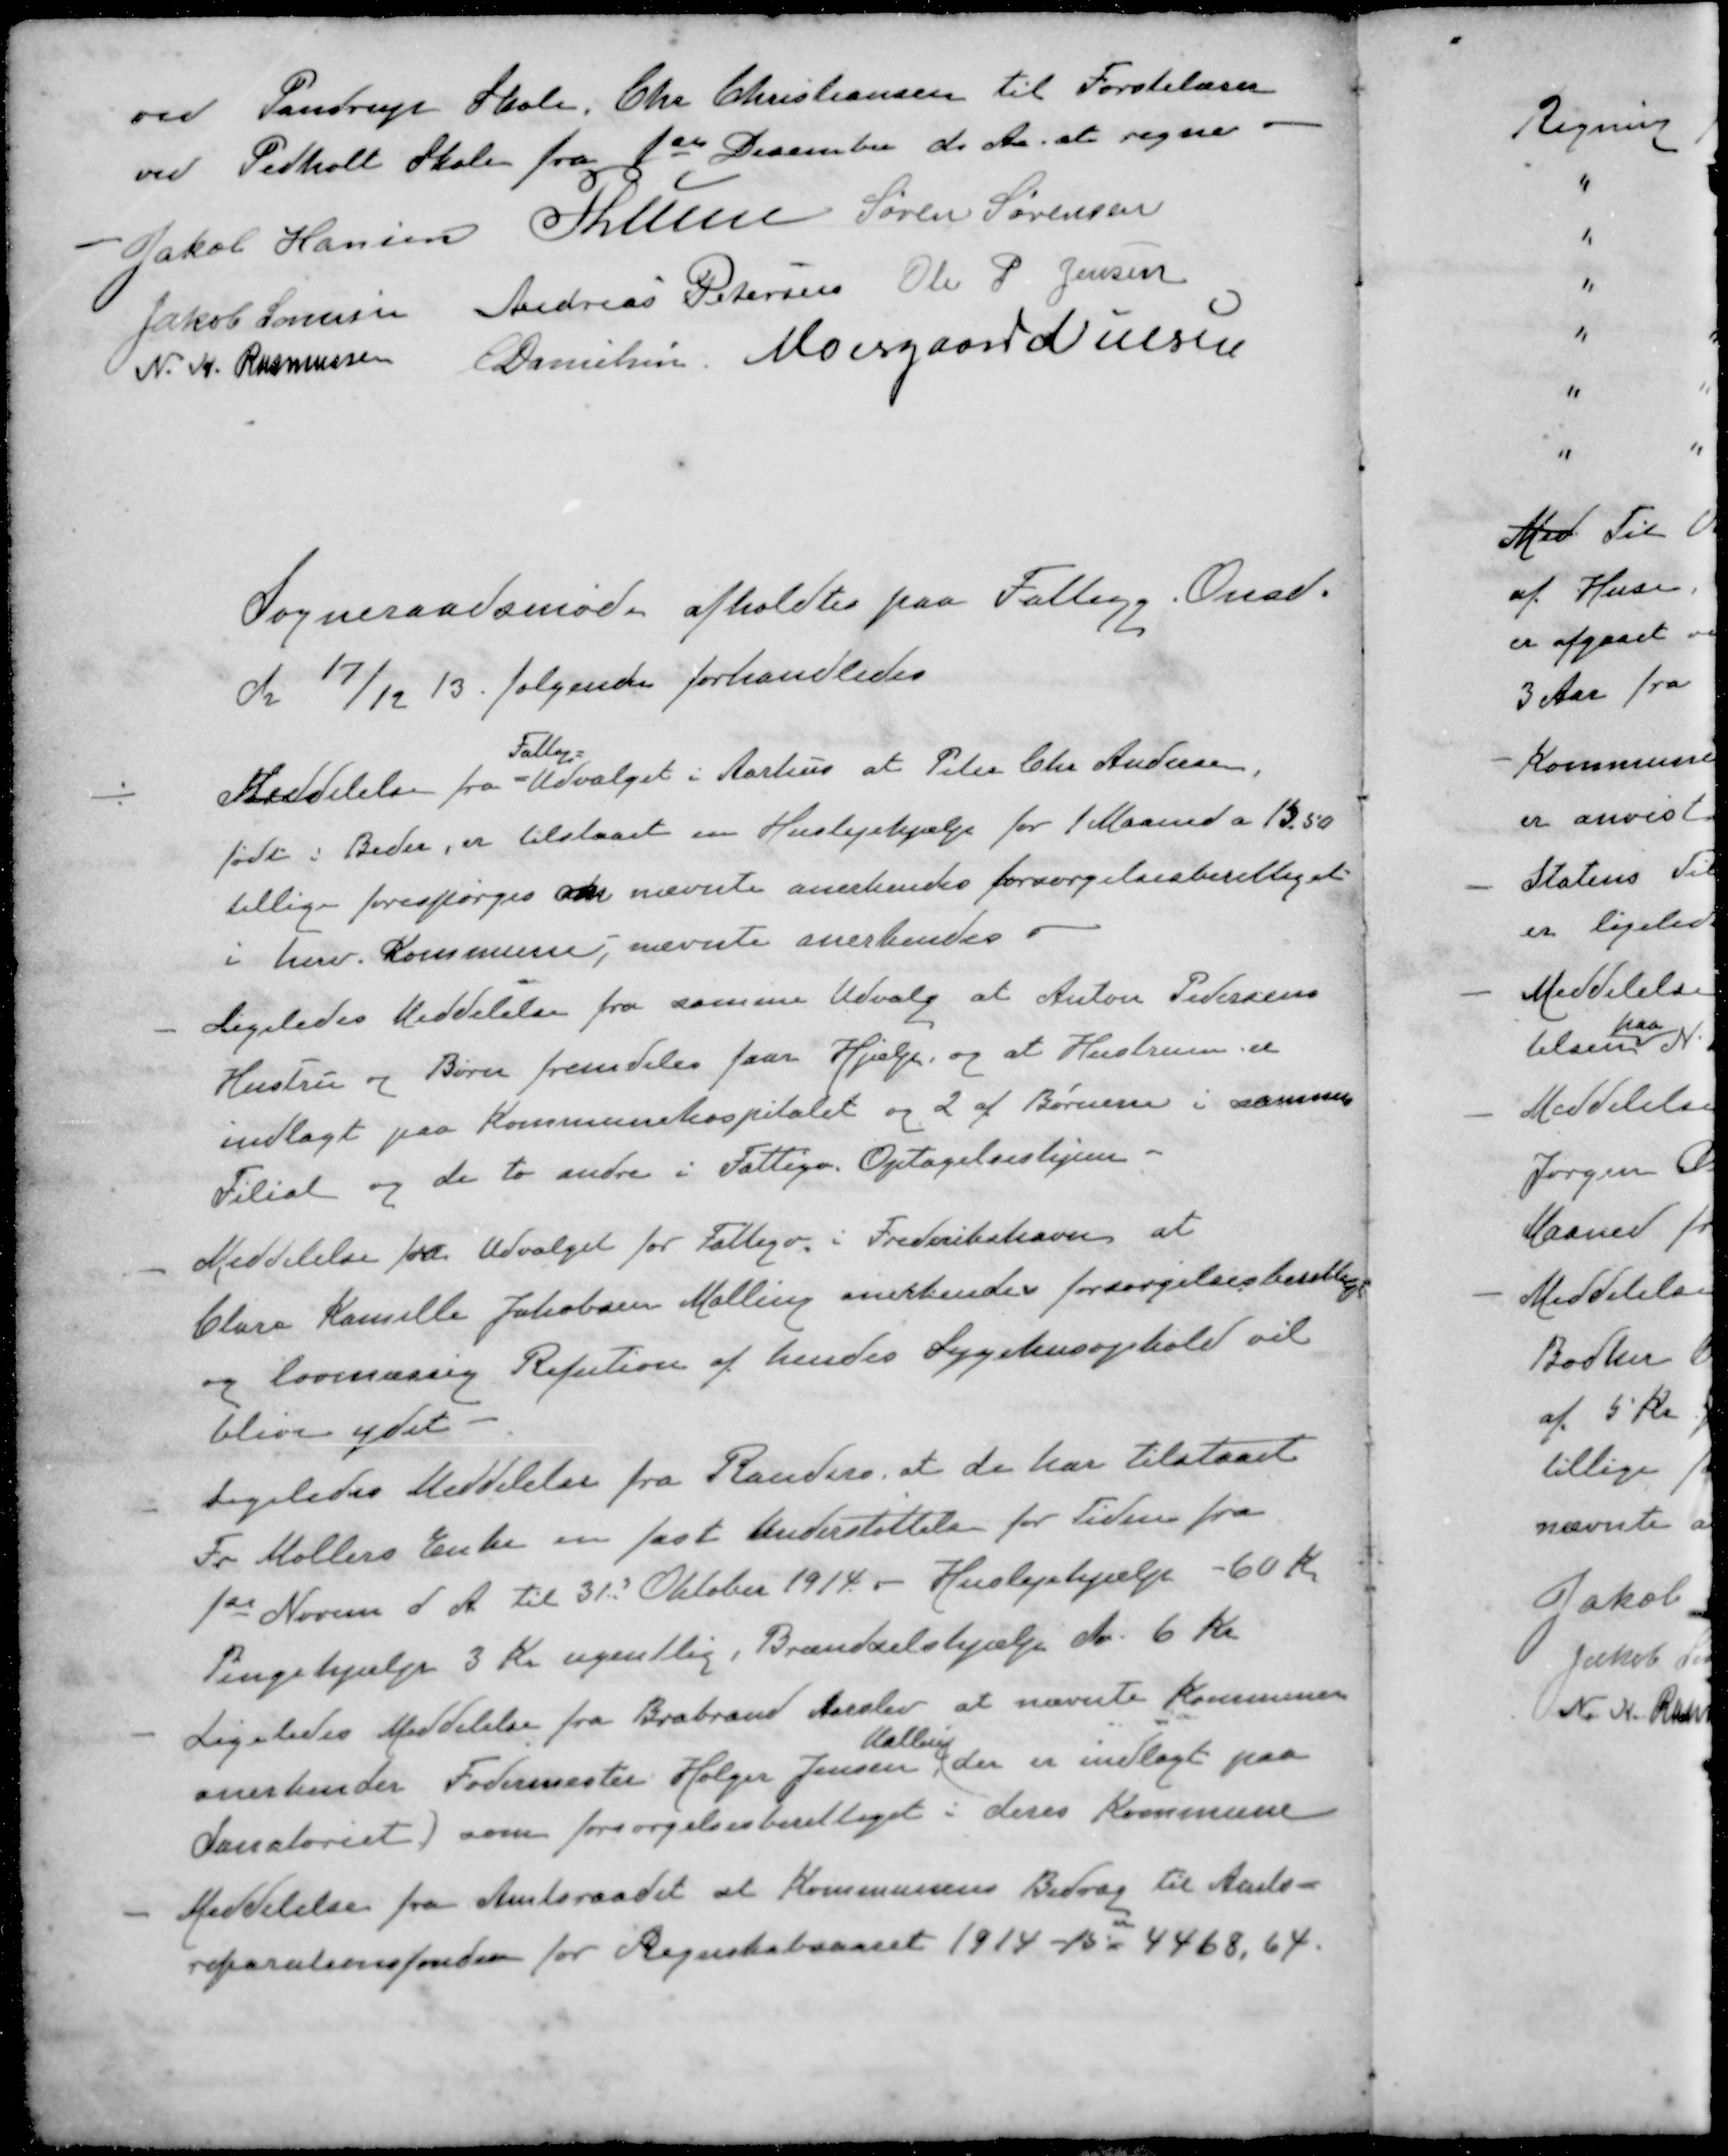
Transskription:
ved Pandrup Skole, Chr. Christiansen til Førstelærer
ved Pedholt Skole fra 1ste December d. Aa at regne
Jakob Hansen
P Lunn
Søren Sørensen
Jakob Sørensen
Andreas Petersen
Ole P Jensen
N. K. Rasmussen
E Danielsen
Moesgaard Nielsen
Sogneraadsmøde afholdtes paa Fattigg. Onsd
d. 17/12 13. følgende forhandledes
Fattig-
Meddelelse fra Udvalget i Aarhus at Peter Chr Andersen,
født i Beder, er tilstaaet en Huslejehjælp for 1 Maaned a 13,50
tillige forespørges om nævnte anerkendes forsørgelsesberettiget
i herv. Kommune, nævnte anerkendes
- Ligeledes Meddelelse fra samme Udvalg at Anton Pedersens
Hustru og Børn fremdeles faar Hjælp og at Hustruen er
indlagt paa Kommunehospitalet og 2 af Børnene i samme
Filial og de to andre i Fattigv. Optagelseshjem
- Meddelelse fra Udvalget for Fattigv. i Frederikshavn at
Clara Kamille Jakobsen Malling anerkendes forsørgelsesberettiget
og lovmæssig Refution af hendes Sygehusophold vil
blive ydet
- Ligeledes Meddelelse fra Randers, at de har tilstaaet
Fr Møllers Enke en fast Understøttelse for Tiden fra
1ste Novem d. A. til 31 Oktober 1914 - Huslejehjælp - 60 Kr.
Pengehjælp 3 Kr ugentlig, Brændselshjælp Aa 6 Kr
- Ligeledes Meddelelse fra Brabrand Aarslev at nævnte Kommune
Malling
anerkender Fodermester Holger Jensen (der er indlagt paa
Sanatoriet) som forsørgelsesberettiget i deres kommune
- Meddelelse fra Amtsraadet at Kommunens Bidrag til Amts-
reparationsfonden for Regnskabsaaret 1914-15 = 4468,64.